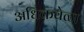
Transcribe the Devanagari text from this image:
अधिकवेळा